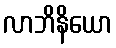
လာဘိနိယော